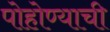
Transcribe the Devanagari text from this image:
पोहोण्याची